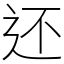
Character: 还